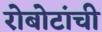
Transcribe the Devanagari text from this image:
रोबोटांची